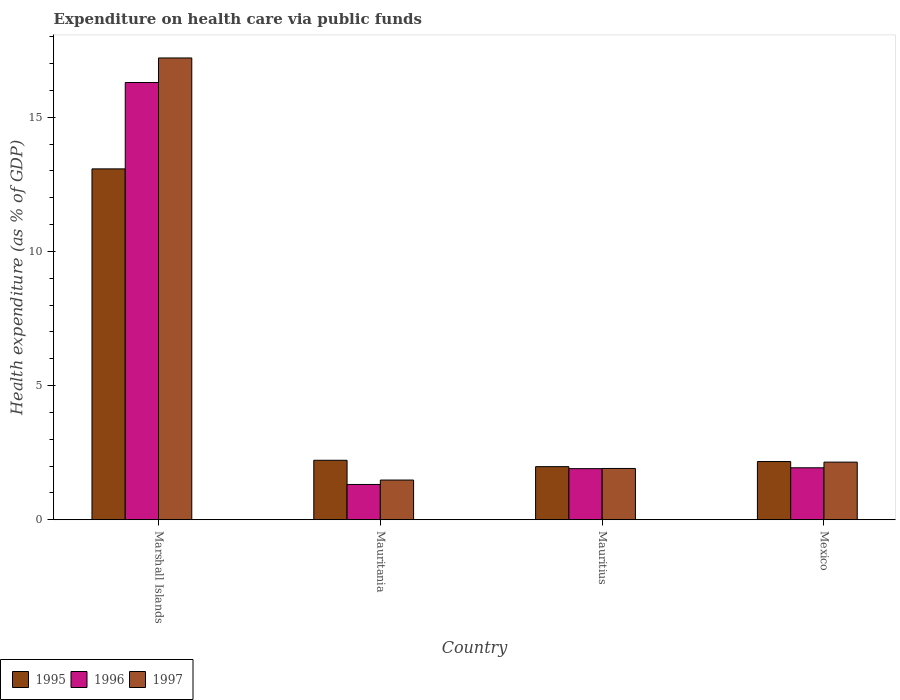
| Country | 1995 | 1996 | 1997 |
 | --- | --- | --- | --- |
 | Marshall Islands | 13.1 | 16.3 | 17.2 |
 | Mauritania | 2.22 | 1.32 | 1.48 |
 | Mauritius | 1.98 | 1.9 | 1.91 |
 | Mexico | 2.17 | 1.94 | 2.15 |